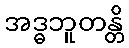
အဒ္ဓဘူတန္တိ